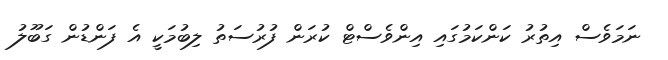
ނަމަވެސް އިތުރު ކަންކަމުގައި އިންވެސްޓް ކުރަން ފުރުސަތު ލިބުމަކީ އެ ފަންޑުން ގަބޫލު